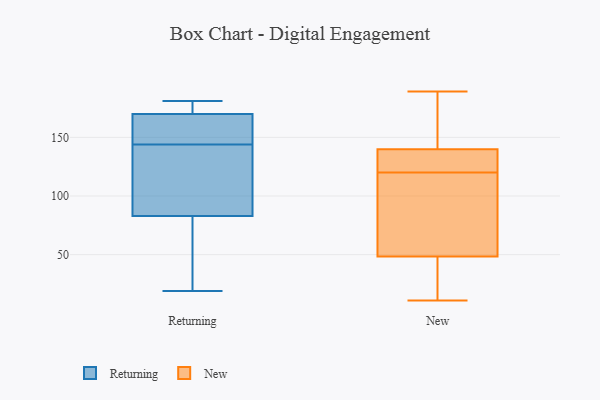
{"axis": {"x": "Waste Production (Tons)", "y": "Value"}, "legend": ["New", "Returning"], "data": [{"x": "", "y": 181, "type": "Returning"}, {"x": "", "y": 136, "type": "Returning"}, {"x": "", "y": 45, "type": "Returning"}, {"x": "", "y": 73, "type": "Returning"}, {"x": "", "y": 142, "type": "Returning"}, {"x": "", "y": 157, "type": "Returning"}, {"x": "", "y": 19, "type": "Returning"}, {"x": "", "y": 146, "type": "Returning"}, {"x": "", "y": 173, "type": "Returning"}, {"x": "", "y": 178, "type": "Returning"}, {"x": "", "y": 167, "type": "Returning"}, {"x": "", "y": 93, "type": "Returning"}, {"x": "", "y": 136, "type": "New"}, {"x": "", "y": 38, "type": "New"}, {"x": "", "y": 132, "type": "New"}, {"x": "", "y": 189, "type": "New"}, {"x": "", "y": 142, "type": "New"}, {"x": "", "y": 106, "type": "New"}, {"x": "", "y": 60, "type": "New"}, {"x": "", "y": 30, "type": "New"}, {"x": "", "y": 52, "type": "New"}, {"x": "", "y": 168, "type": "New"}, {"x": "", "y": 139, "type": "New"}, {"x": "", "y": 120, "type": "New"}, {"x": "", "y": 11, "type": "New"}]}